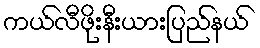
ကယ်လီဖိုးနီးယားပြည်နယ်